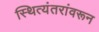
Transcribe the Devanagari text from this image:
स्थित्यंतरांवरून